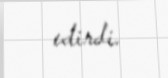
edirdi.